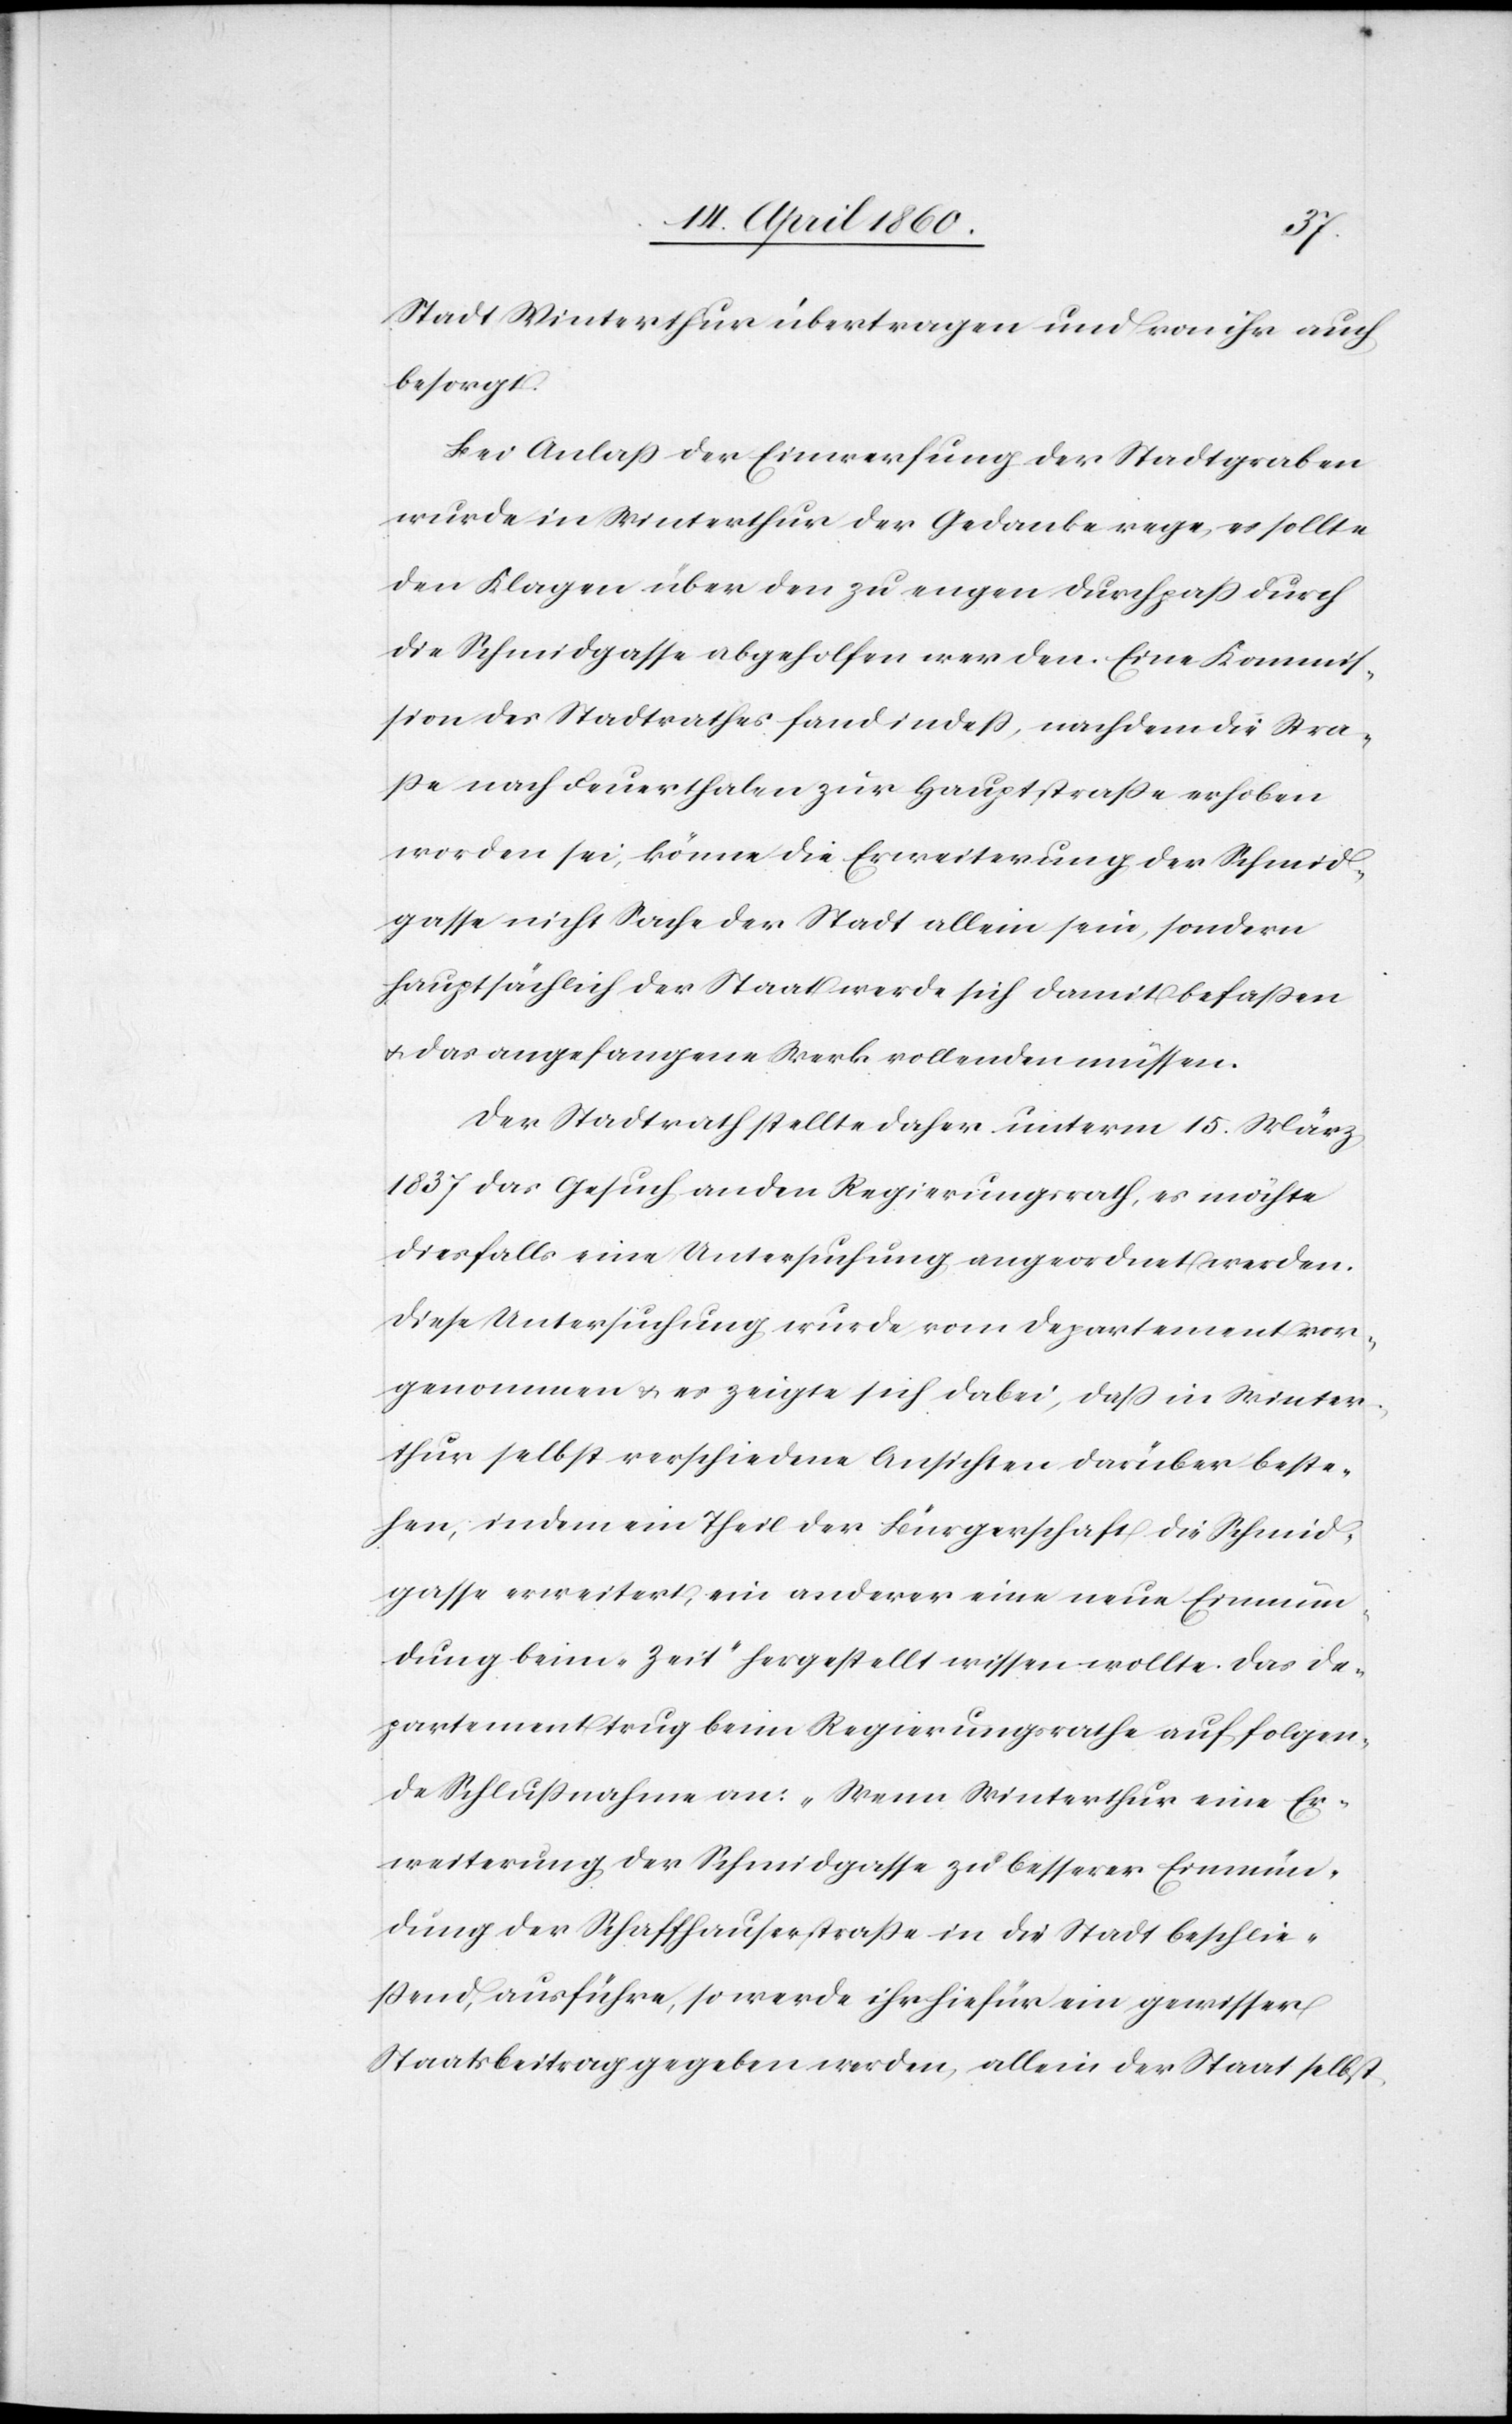
Stadt Winterthur übertragen und von ihr auch
besorgt.
Bei Anlass der Einwerfung der Stadtgraben
wurde in Winterthur der Gedanke rege, es sollte
den Klagen über den zu engen Durchpass durch
die Schmidgasse abgeholfen werden. Eine Kommis¬
sion des Stadtrathes fand indess, nachdem die Stra¬
sse nach Feuerthalen zur Hauptstrasse erhoben
worden sei, könne die Erweiterung der Schmidt¬
gasse nicht Sache der Stadt allein sein, sondern
hauptsächlich der Staat werde sich damit befassen
u. das angefangene Werk vollenden müssen.
Der Stadtrath stellte daher unterm 15. März
1837 das Gesuch an den Regierungsrath, es möchte
diesfalls eine Untersuchung angeordnet werden.
Diese Untersuchung wurde vom Departement vor¬
genommen, u. es zeigte sich dabei, dass in Winter¬
thur selbst verschiedene Ansichten darüber beste¬
hen, indem ein Theil der Bürgerschaft die Schmid¬
gasse erweitert, ein anderer eine neue Einmün¬
dung beim „Zeit“ hergestellt wissen wollte. Das De¬
partement trug beim Regierungsrathe auf folgen¬
de Schlussnahme an: „Wenn Winterthur eine Er¬
weiterung der Schmidgasse zu besserer Einmün¬
dung der Schaffhauserstrasse in die Stadt beschlie¬
ssend, ausführe, so werde ihr hiefür ein gewisser
Staatsbeitrag gegeben werden, allein der Staat selbst